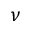
\nu